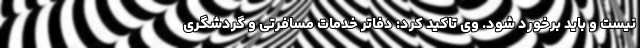
نیست و باید برخورد شود. وی تاکید کرد: دفاتر خدمات مسافرتی و گردشگری